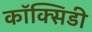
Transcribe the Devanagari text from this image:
कॉक्सिडी